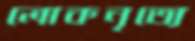
লোকনৃত্যে